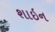
શાઇન